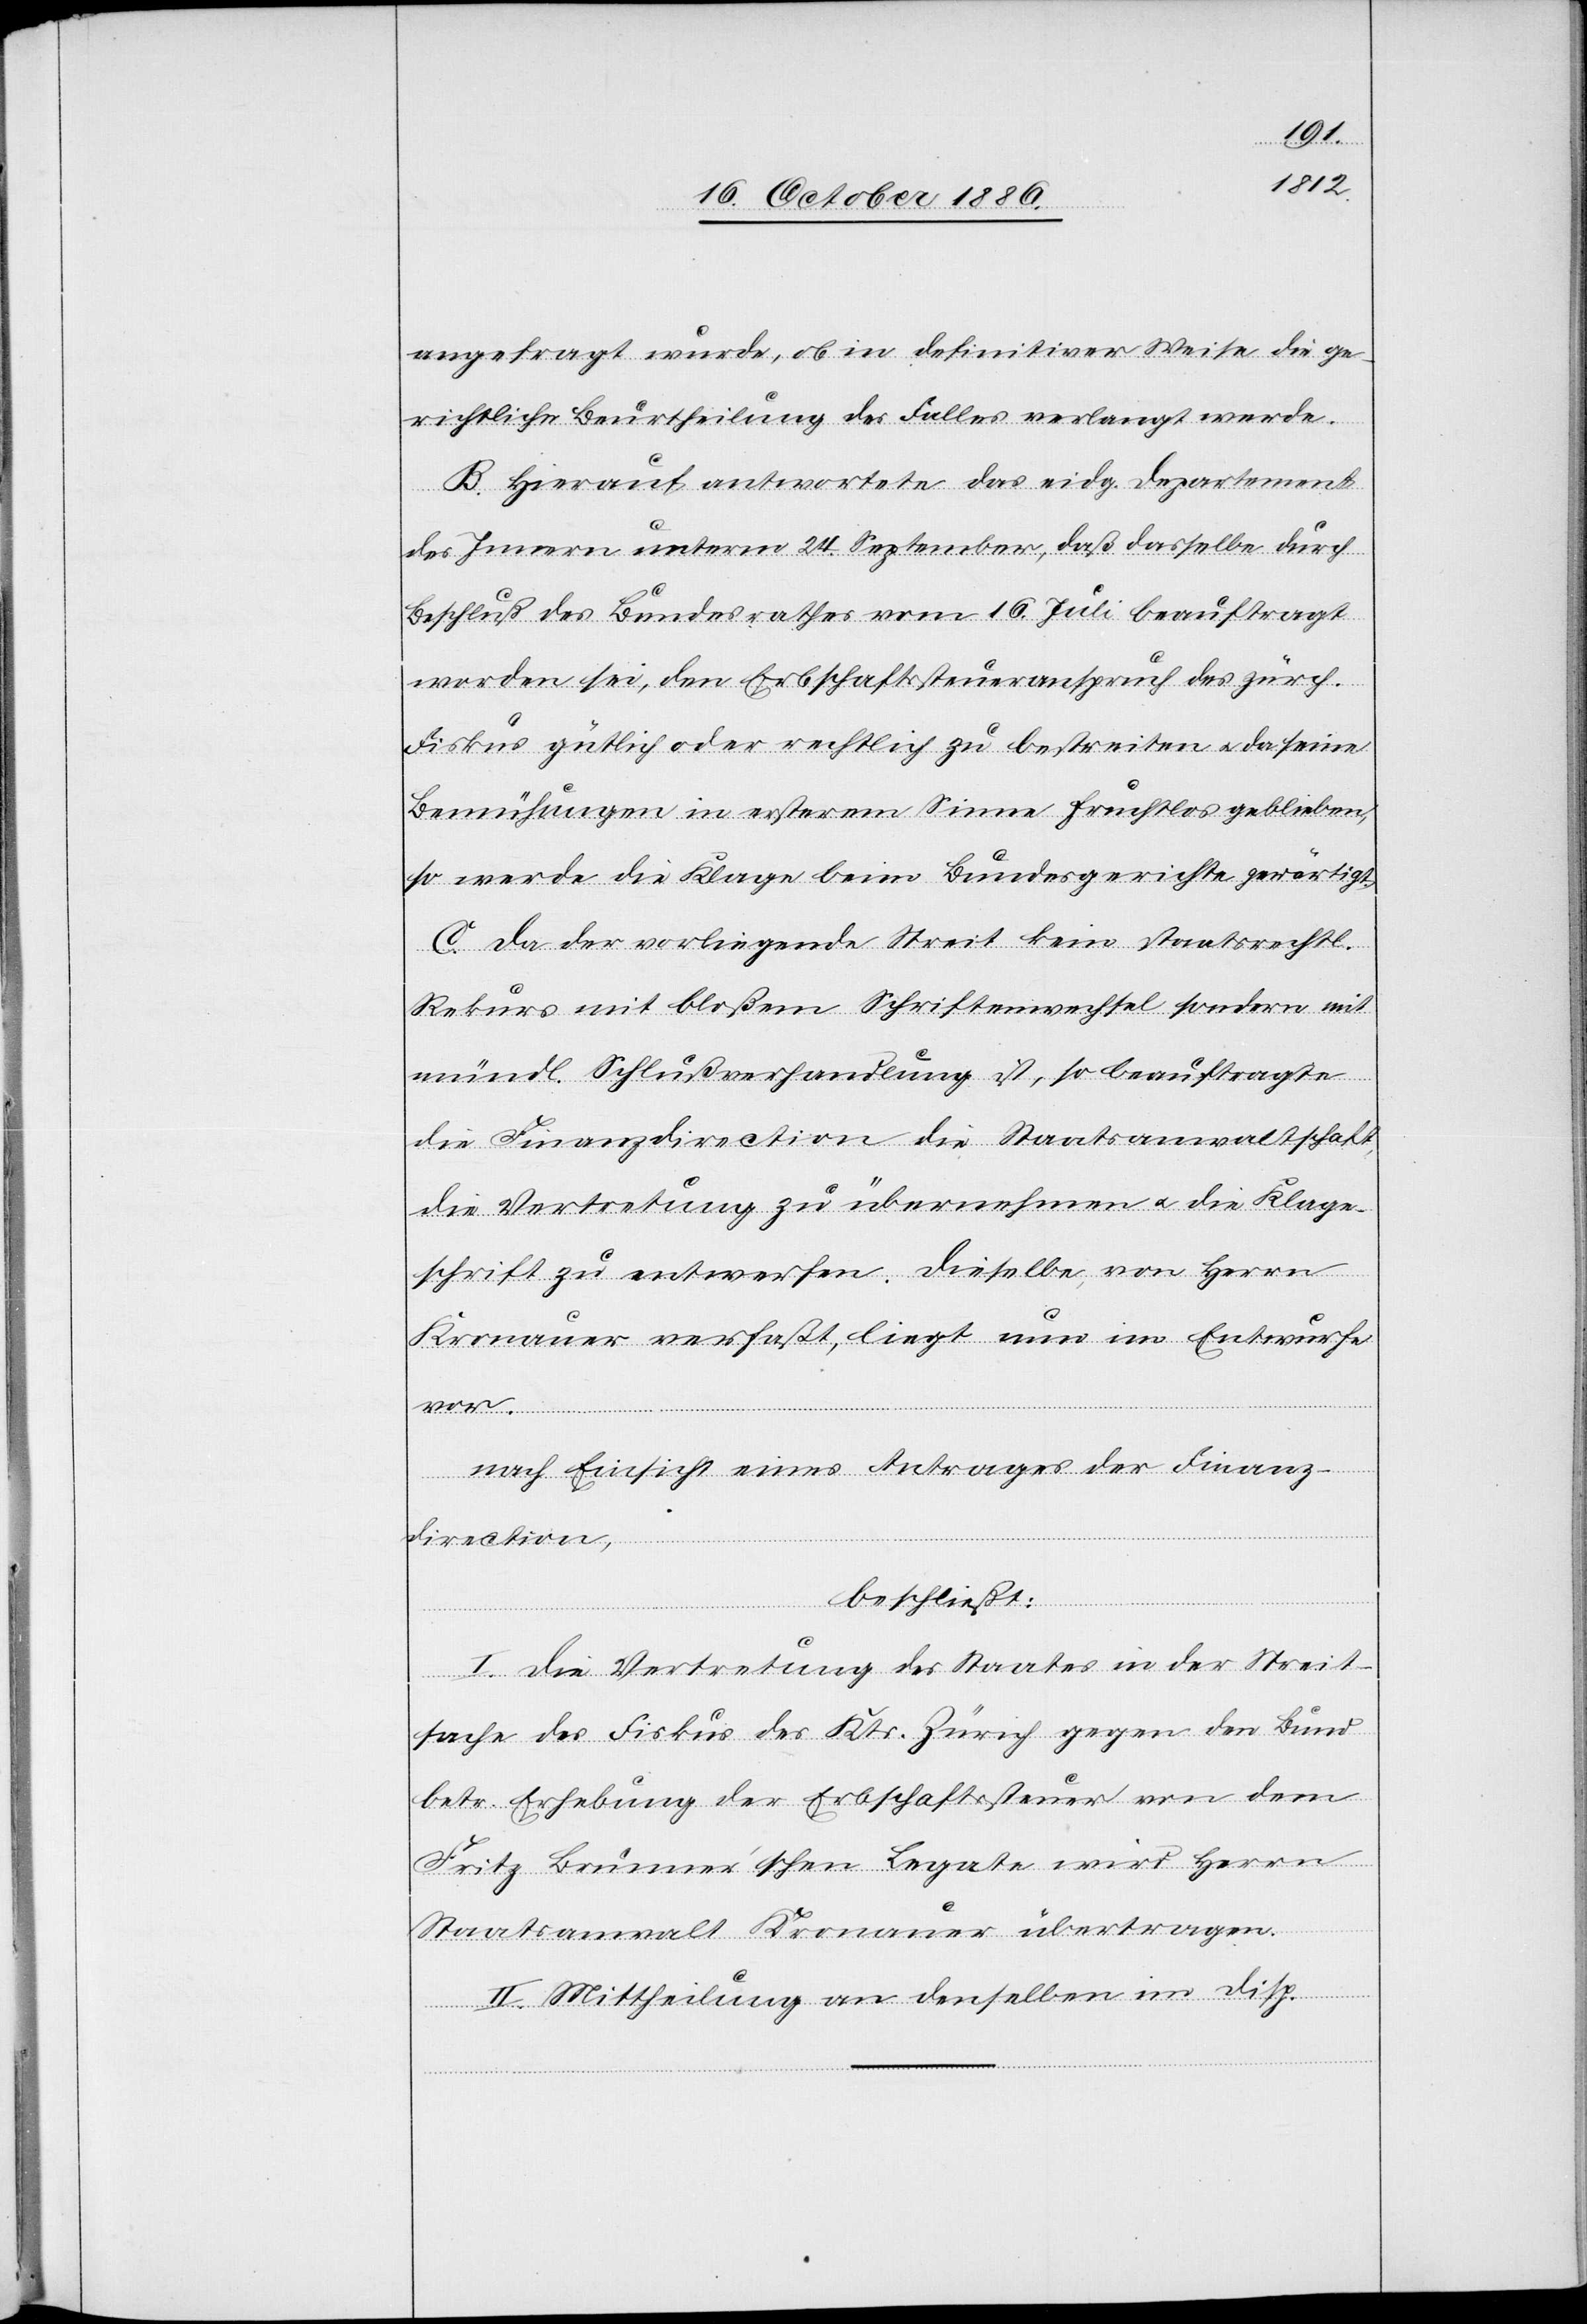
angefragt wurde, ob in definitiver Weise die ge¬
richtliche Beurtheilung des Falles verlangt werde.
B. Hierauf antwortete das eidg. Departement
des Innern unterm 24. September, daß dasselbe durch
Beschluß des Bundesrathes vom 16. Juli beauftragt
worden sei, den Erbschaftssteueranspruch des zürch.
Fiskus gütlich oder rechtlich zu bestreiten & da seine
Bemühungen in ersterem Sinne fruchtlos geblieben,
so werde die Klage beim Bundesgerichte gewärtigt.
C. Da der vorliegende Streit kein staatsrechtl.
Rekurs mit bloßem Schriftenwechsel sondern mit
mündl. Schlußverhandlung ist, so beauftragte
die Finanzdirection die Staatsanwaltschaft,
die Vertretung zu übernehmen & die Klage¬
schrift zu entwerfen. Dieselbe, von Herrn
Kronauer verfaßt, liegt nun im Entwurfe
vor.
nach Einsicht eines Antrages der Finanz¬
direction,
beschließt:
I. Die Vertretung des Staates in der Streit¬
sache des Fiskus des Kts. Zürich gegen den Bund
betr. Erhebung der Erbschaftssteuer von dem
Fritz Brunner’schen Legate wird Herrn
Staatsanwalt Kronauer übertragen.
II. Mittheilung an denselben im Disp.